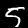
Digit: 5